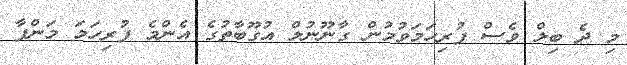
މި ދެ ބިލް ވެސް ފުރިހަމަވުމުން ގާނޫނުލް އުގޫބާތުގެ އެންމެ ފުރިހަމަ މަންފާ